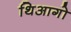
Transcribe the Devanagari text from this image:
थिआगो